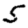
Digit: 5